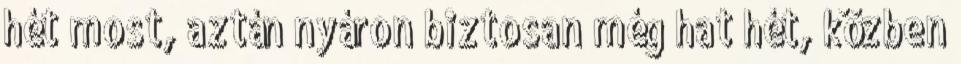
hét most, aztán nyáron biztosan még hat hét, közben